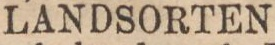
LANDSORTEN